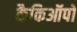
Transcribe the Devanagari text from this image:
कैकिऑपो